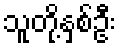
သူတို့နှစ်ဦး